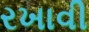
રખાવી